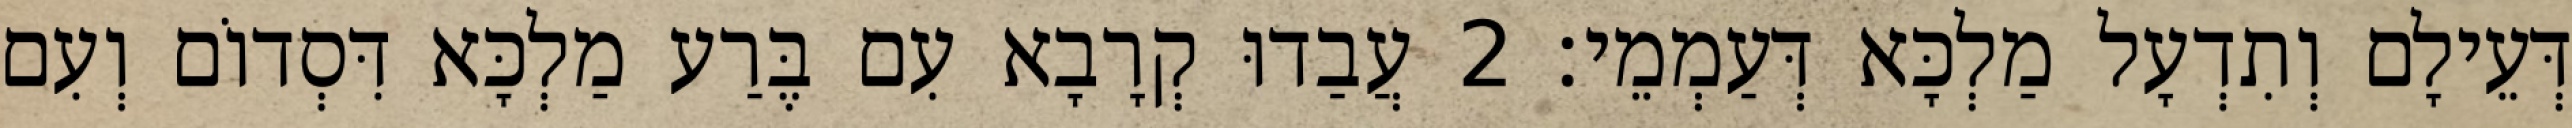
דְּעֵילָם וְתִדְעָל מַלְכָּא דְּעַמְמֵי׃ 2 עֲבַדוּ קְרָבָא עִם בֶּרַע מַלְכָּא דִּסְדוֹם וְעִם